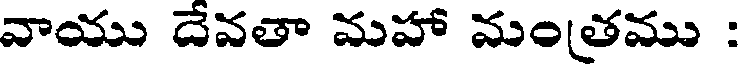
వాయు దేవతా మహా మంతము :